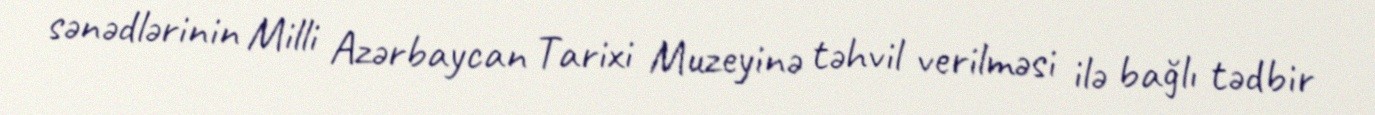
sənədlərinin Milli Azərbaycan Tarixi Muzeyinə təhvil verilməsi ilə bağlı tədbir